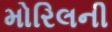
મોરિલની